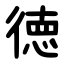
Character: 徳